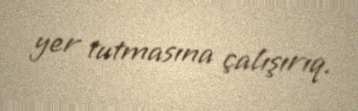
yer tutmasına çalışırıq.